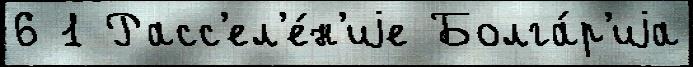
6 1 Расс'ел'е́н'иjе Болга́р'иjа